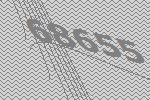
68655